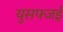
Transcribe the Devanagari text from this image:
युसफ्जई